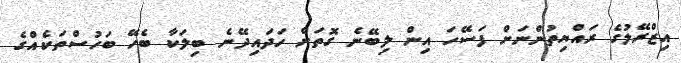
އިޒްރޭލުގެ ރައްޔިތުންނަށް ފަސޭހަ އިން ލިބޭނެ ގޮތަށް ހަދައިދޭނެ ބިލަކާ ބެހޭ ބަހުސްތަކެއްގެ